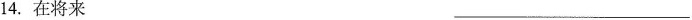
14.在将来___